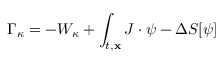
\Gamma _ { \kappa } = - { \cal W } _ { \kappa } + \int _ { t , { \bf x } } { \cal J } \cdot \psi - \Delta { \cal S } [ \psi ]